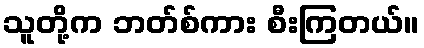
သူတို့က ဘတ်စ်ကား စီးကြတယ်။